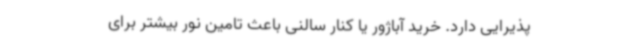
پذیرایی دارد. خرید آباژور یا کنار سالنی باعث تامین نور بیشتر برای